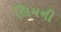
લિયની